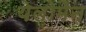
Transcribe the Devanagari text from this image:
येलोमैन